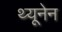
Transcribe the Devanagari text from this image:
थ्यूनेन